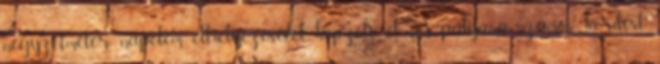
négyzetméter napelem elhelyezésével képzeli el. A pályamű számos kérdést